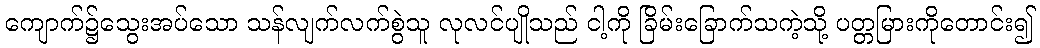
ကျောက်၌သွေးအပ်သော သန်လျက်လက်စွဲသူ လုလင်ပျိုသည် ငါ့ကို ခြိမ်းခြောက်သကဲ့သို့ ပတ္တမြားကိုတောင်း၍